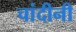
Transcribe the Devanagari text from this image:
चांदीनी